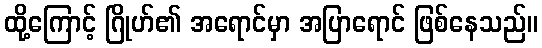
ထို့ကြောင့် ဂြိုဟ်၏ အရောင်မှာ အပြာရောင် ဖြစ်နေသည်။